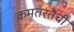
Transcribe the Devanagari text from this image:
कमतरतेची